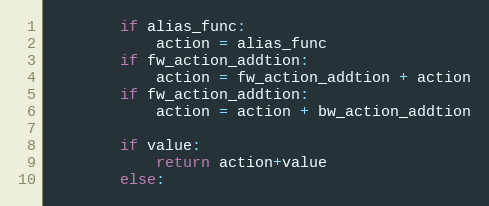
Language: Python
        if alias_func:
            action = alias_func
        if fw_action_addtion:
            action = fw_action_addtion + action
        if fw_action_addtion:
            action = action + bw_action_addtion

        if value:
            return action+value
        else: